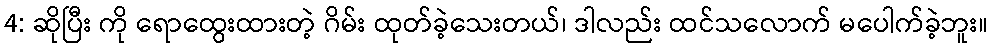
4: ဆိုပြီး ကို ရောထွေးထားတဲ့ ဂိမ်း ထုတ်ခဲ့သေးတယ်၊ ဒါလည်း ထင်သလောက် မပေါက်ခဲ့ဘူး။